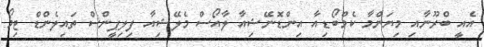
އެއީ ބްރޫނާއި މިޔަންމާ ކެމްބޯޑިއާ އިންޑޮނޭޝިއާ ލާއޯސް މެލޭޝިއާ ފިލިޕީންސް ތައިލެންޑް ޓިމޯ